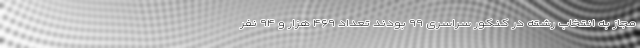
مجاز به انتخاب رشته در کنکور سراسری ۹۹ بودند تعداد ۴۶۹ هزار و ۹۴ نفر